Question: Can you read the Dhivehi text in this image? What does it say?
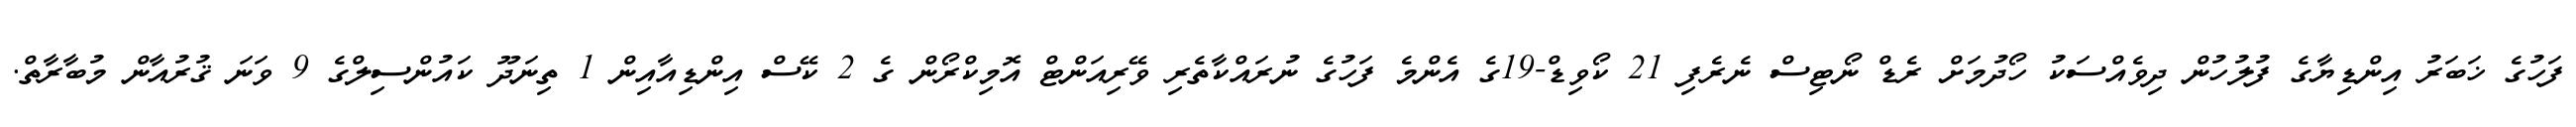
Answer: ފަހުގެ ޚަބަރު އިންޑިޔާގެ ފުލުހުން ދިވެއްސަކު ހޯދުމަށް ރެޑް ނޯޓިސް ނެރެފި 21 ކޯވިޑް-19ގެ އެންމެ ފަހުގެ ނުރައްކާތެރި ވޭރިއަންޓް އޮމިކްރޯން ގެ 2 ކޭސް އިންޑިއާއިން 1 ތިނަދޫ ކައުންސިލްގެ 9 ވަނަ ޤުރުއާން މުބާރާތް.